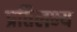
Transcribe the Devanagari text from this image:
प्रतिलभ्य